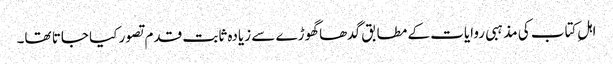
اہلِ کتاب کی مذہبی روایات کے مطابق گدھا گھوڑے سے زیادہ ثابت قدم تصور کیا جاتا تھا۔